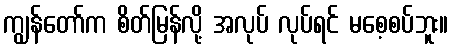
ကျွန်တော်က စိတ်မြန်လို့ အလုပ် လုပ်ရင် မစေ့စပ်ဘူး။